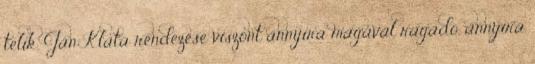
telik. Jan Klata rendezése viszont annyira magával ragadó, annyira